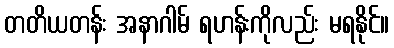
တတိယတန်း အနာဂါမ် ရဟန်းကိုလည်း မရနိုင်။